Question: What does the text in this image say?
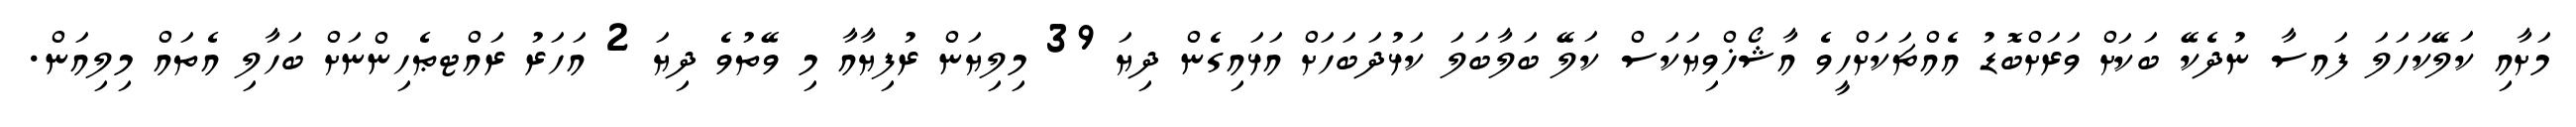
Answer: މަށާއި ކަލޭކަހަލަ ފައސާ ނުދެކޭ ބަކަށް ވަރަށްބޮޑު އެއްޗަކަށްހީވެ އާޝޯޚްވިޔަކަސް ކަލޭ ބަލާބަލަ ކަޅުދަބަހަށް އަޅައިގެން ދިޔަ 39 މިލިޔަން ރުފިޔާއާ މި ވޭތުވެ ދިޔަ 2 އަހަރު ރައްޓޠެހިންނަށް ބަހާލި އެތައް މިލިއަން.